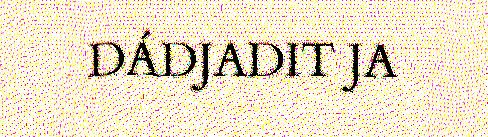
DÁDJADIT JA